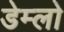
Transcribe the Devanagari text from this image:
डेम्लो